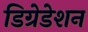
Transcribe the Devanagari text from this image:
डिग्रेडेशन